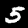
Label: 5